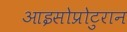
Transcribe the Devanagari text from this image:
आइसोप्रोटुरान